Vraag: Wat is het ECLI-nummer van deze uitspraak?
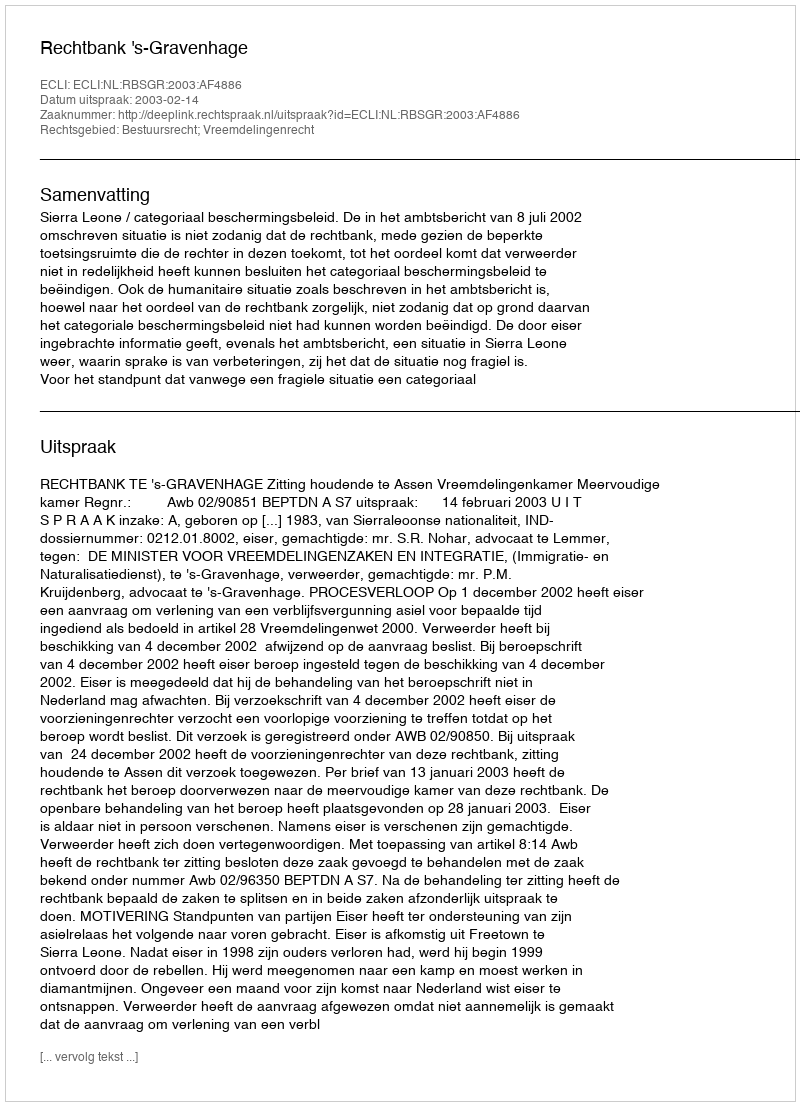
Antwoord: ECLI:NL:RBSGR:2003:AF4886